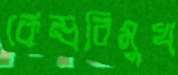
কেন্দ্রবিমুখ